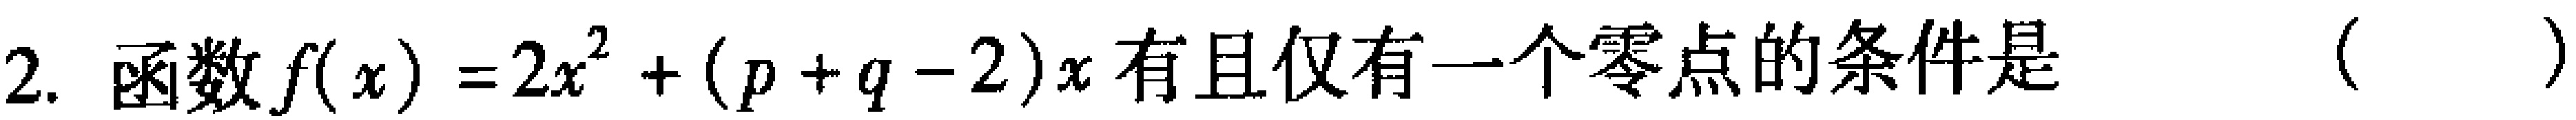
2. 函数\(f(x)=2x^{2}+(p + q - 2)x\)有且仅有一个零点的条件是 （  ）